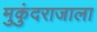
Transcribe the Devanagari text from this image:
मुकुंदराजाला